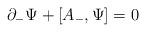
LaTeX: \begin{align*}\partial_-{ \Psi} +[A_- , { \Psi}] =0\end{align*}